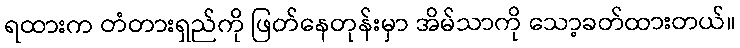
ရထားက တံတားရှည်ကို ဖြတ်နေတုန်းမှာ အိမ်သာကို သော့ခတ်ထားတယ်။